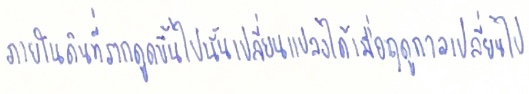
ภายในดินที่รากดูดขึ้นไปนั้นเปลี่ยนแปลงได้เสมอเมื่อฤดูกาลเปลี่ยนไป